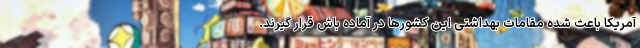
آمریکا باعث شده مقامات بهداشتی این کشورها در آماده باش قرار گیرند.